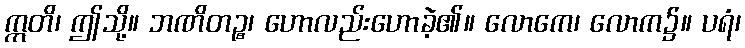
ဣတိ၊ ဤသို့။ ဘဏိတဉ္စ၊ ဟောလည်းဟောခဲ့၏။ လောကေ၊ လောက၌။ ပရံ၊